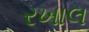
રખાલ